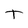
Character: t